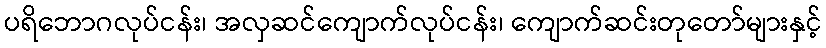
ပရိဘောဂလုပ်ငန်း၊ အလှဆင်ကျောက်လုပ်ငန်း၊ ကျောက်ဆင်းတုတော်များနှင့်